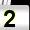
Digit: 2